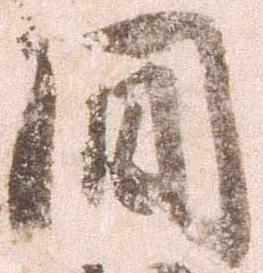
間